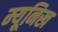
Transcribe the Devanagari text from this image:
म्‍यूनिख